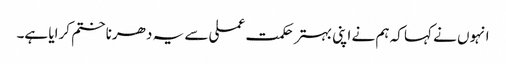
انہوں نے کہا کہ ہم نے اپنی بہتر حکمت عملی سے یہ دھرنا ختم کرایا ہے۔